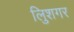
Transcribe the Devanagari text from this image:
लुिशगर